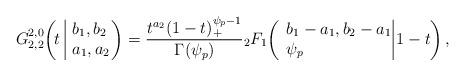
LaTeX: \begin{align*}G^{2,0}_{2,2}\!\left(\!t~\vline\begin{array}{l}b_1,b_2\\a_1,a_2\end{array}\!\!\right)=\frac{t^{a_2}(1-t)^{\psi_p-1}_{+}}{\Gamma(\psi_p)}{_2F_{1}}\!\left(\begin{array}{l}b_1-a_1,b_2-a_1\\\psi_p\end{array}\!\!\vline\,1-t\right),\end{align*}